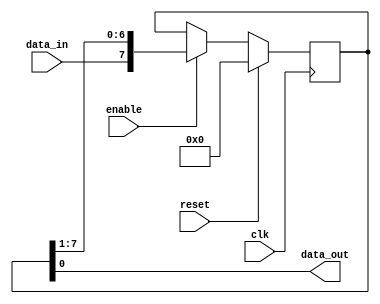
module PISO_Shift_Register (
  input clk,
  input enable,
  input reset,
  input data_in,
  output reg data_out
);

reg [7:0] shift_reg;

always @(posedge clk) begin
  if (reset) begin
    shift_reg <= 8'b00000000;
  end else if (enable) begin
    shift_reg <= {data_in, shift_reg[7:1]};
  end
end

assign data_out = shift_reg[0];

endmodule